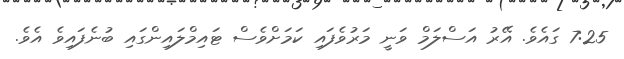
7:25 ގައެވެ. އޭރު އަސްލަމް ވަނީ މަރުވެފައި ކަމަށްވެސް ޓައިމްލައިންގައި ބުނެފައިވެ އެވެ.